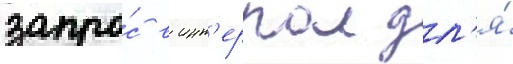
запро́с в инт'ерпол дл'я́